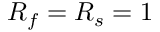
R _ { f } = R _ { s } = 1